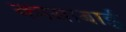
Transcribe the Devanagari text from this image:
कासाबाई